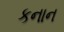
કનાન